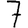
Digit: 7